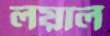
লয়াল